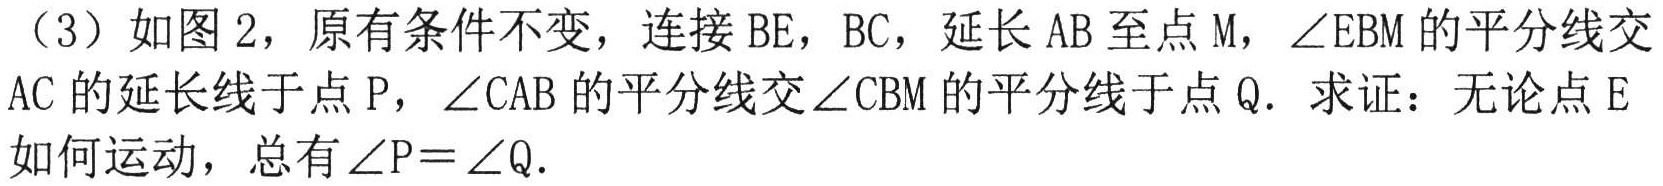
（3）如图2，原有条件不变，连接\(BE\)，\(BC\)，延长\(AB\)至点\(M\)，\(\angle EBM\)的平分线交
\(AC\)的延长线于点\(P\)，\(\angle CAB\)的平分线交\(\angle CBM\)的平分线于点\(Q\). 求证：无论点\(E\)
如何运动，总有\(\angle P = \angle Q\).